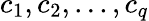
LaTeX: c_{1},c_{2},...,c_{q}